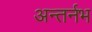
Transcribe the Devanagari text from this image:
अन्तर्नभ